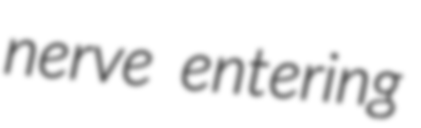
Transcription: nerve entering